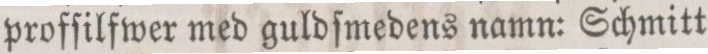
profſilfwer med guldſmedens namn: Schmitt